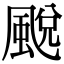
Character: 䬈